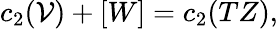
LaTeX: c_{2}(\mathcal{V})+[W]=c_{2}(TZ),